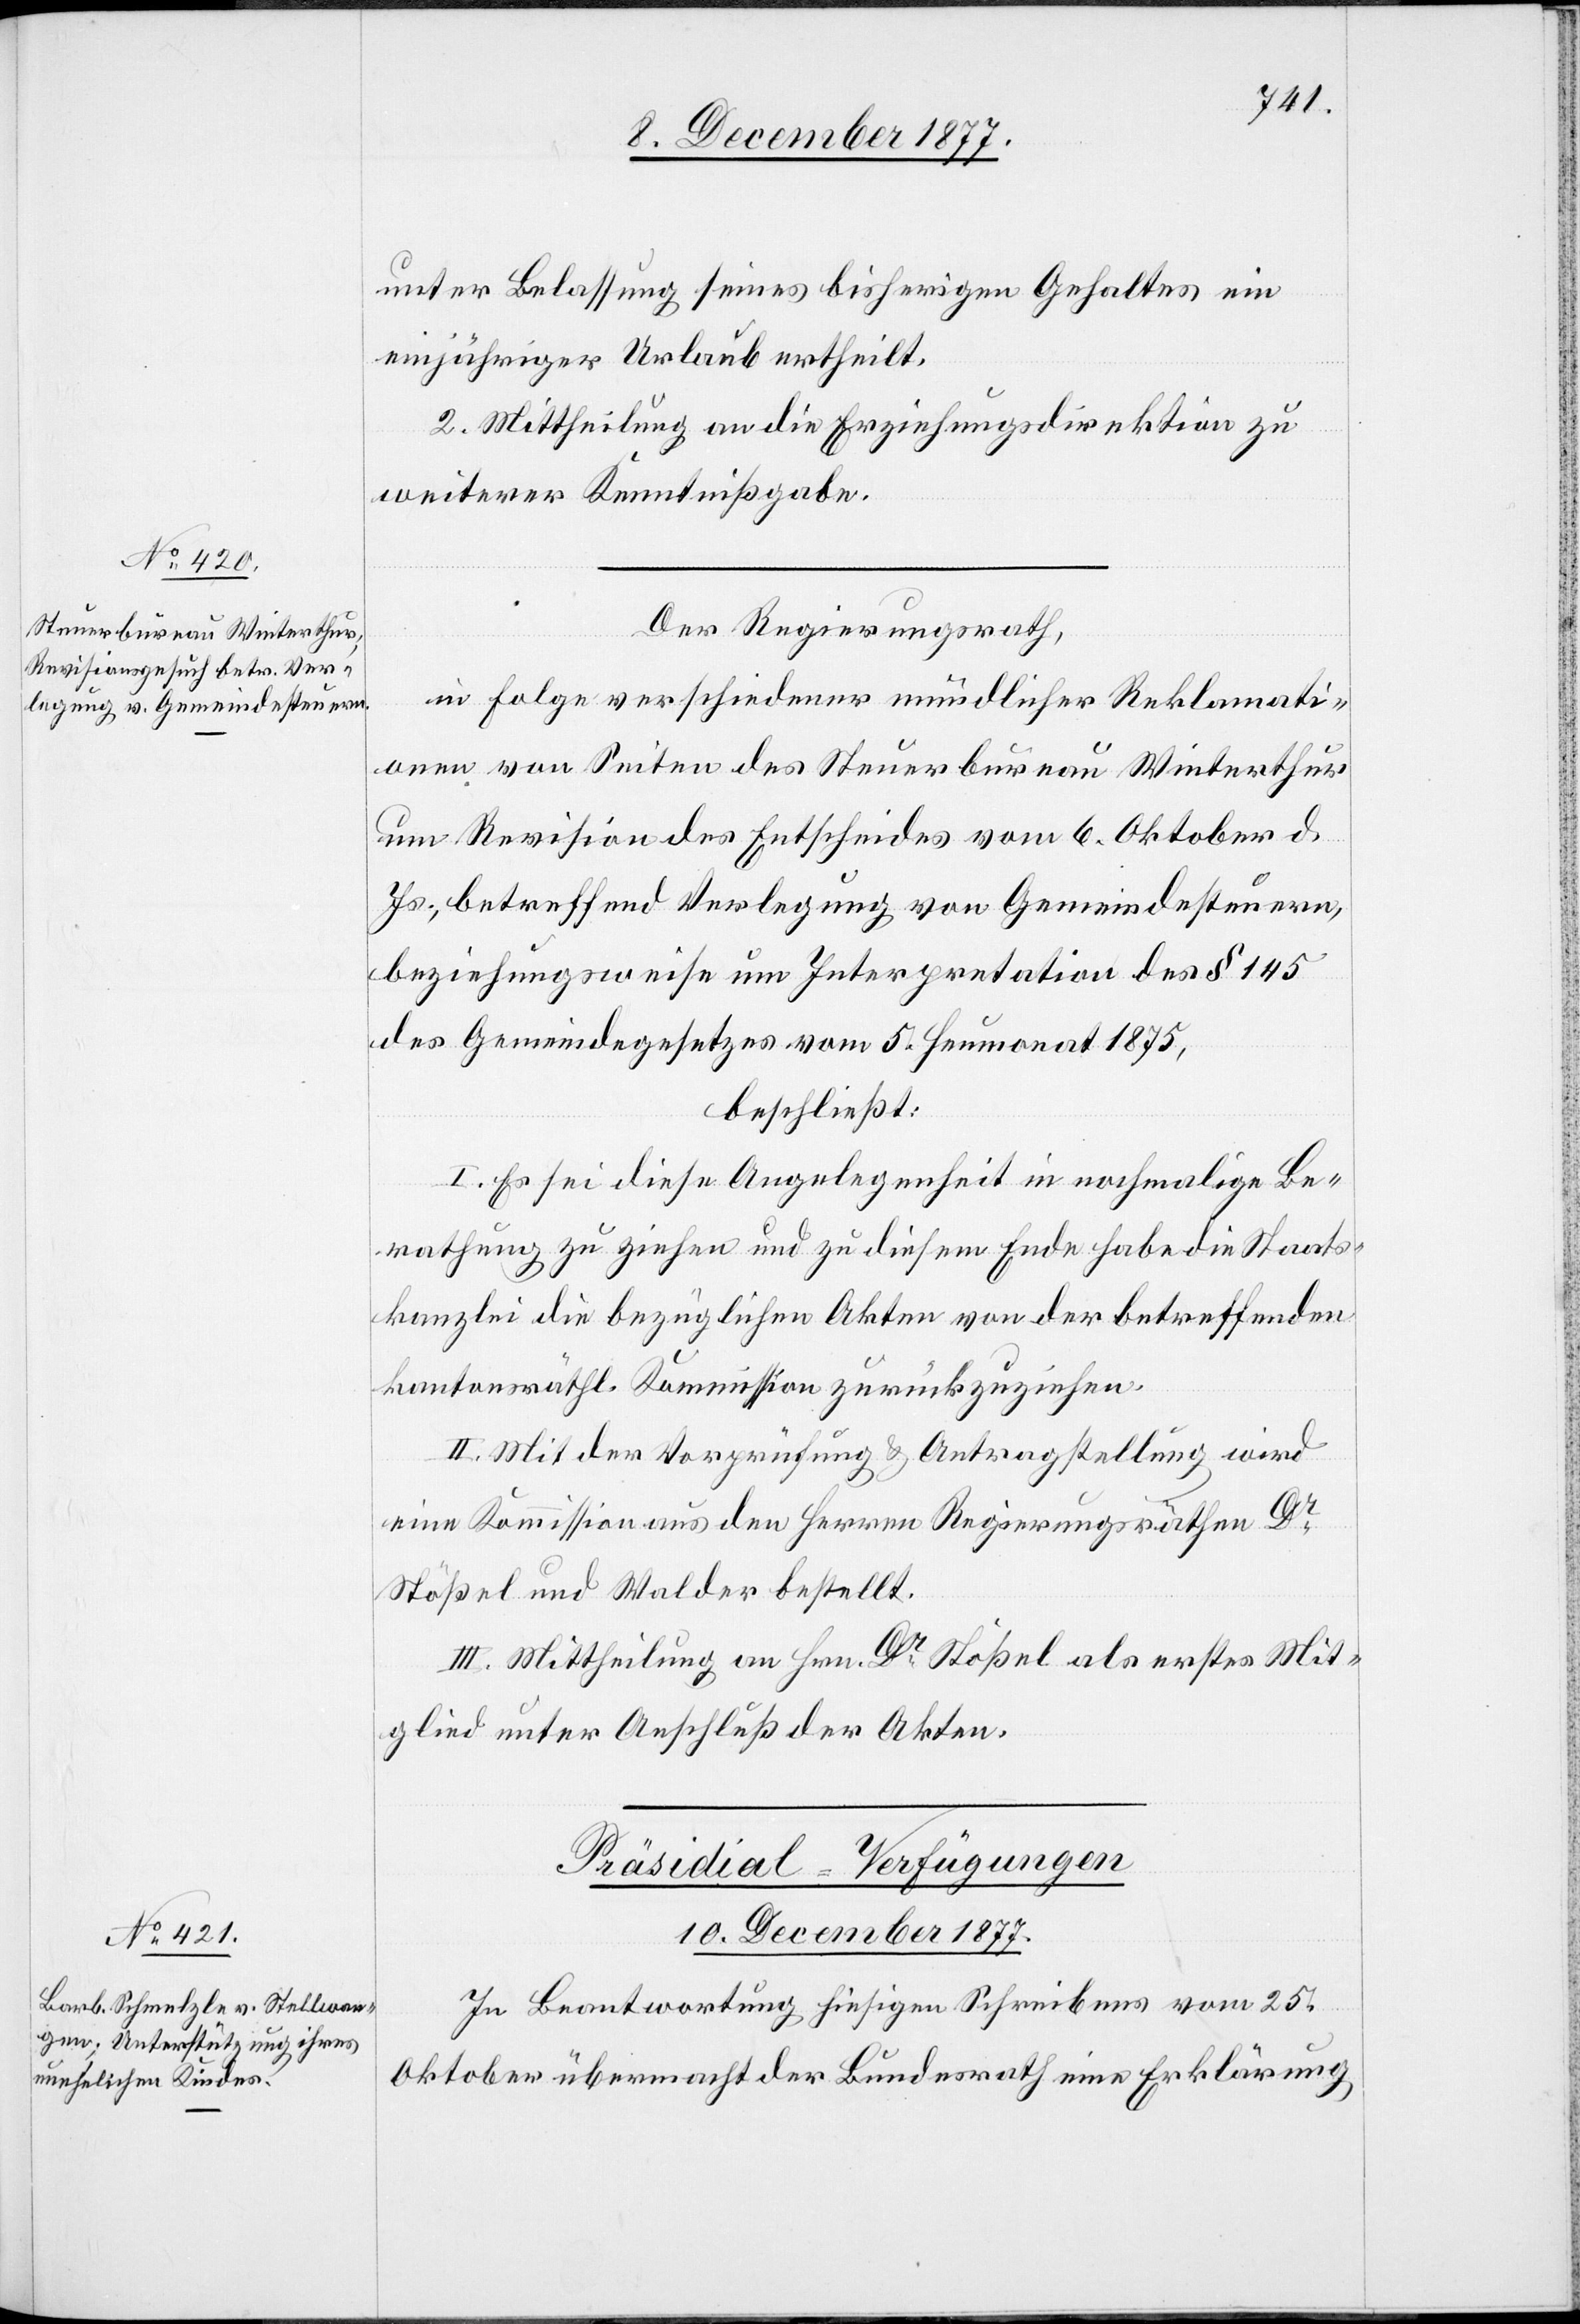
10. December 1877.
unter Belassung seines bisherigen Gehaltes ein
einjähriger Urlaub ertheilt.
2. Mittheilung an die Erziehungsdirektion zu
weiterer Kenntnißgabe.
Der Regierungsrath,
in Folge verschiedener mündlicher Reklamati¬
onen von Seiten des Steuerbureau Winterthur
um Revision des Entscheides vom 6. Oktober d.
Js., betreffend Verlegung von Gemeindesteuern,
beziehungsweise um Interpretation des § 145
des Gemeindegesetzes vom 5. Heumonat 1875,
beschließt:
I. Es sei diese Angelegenheit in nochmalige Be¬
rathung zu ziehen und zu diesem Ende habe die Staats¬
kanzlei die bezüglichen Akten von der betreffenden
kantonsräthl. Kommission zurückzuziehen.
II. Mit der Vorprüfung & Antragstellung wird
eine Kommission aus den Herren Regierungsräthen Dr
Stößel und Walder bestellt.
III. Mittheilung an Hrn. Dr Stößel als erstes Mit¬
glied unter Anschluß der Akten.
Präsidial-Verfügungen
In Beantwortung hiesigen Schreibens vom 25.
Oktober übermacht der Bundesrath eine Erklärung